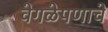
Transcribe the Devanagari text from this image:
वेगळेपणाचे